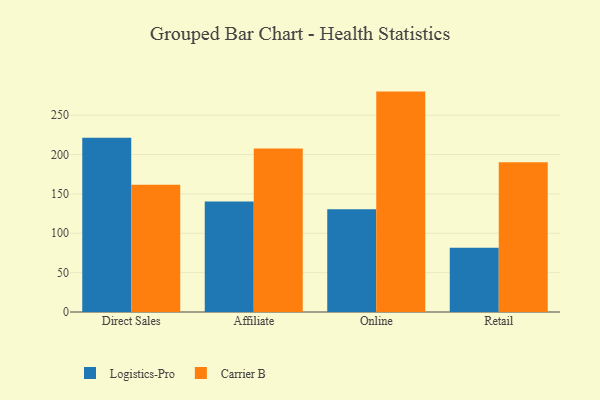
{"axis": {"x": "Channel", "y": "LTV (USD)"}, "legend": ["Carrier B", "Logistics-Pro"], "data": [{"x": "Direct Sales", "y": 221.4, "type": "Logistics-Pro"}, {"x": "Direct Sales", "y": 161.8, "type": "Carrier B"}, {"x": "Affiliate", "y": 140.3, "type": "Logistics-Pro"}, {"x": "Affiliate", "y": 207.6, "type": "Carrier B"}, {"x": "Online", "y": 130.4, "type": "Logistics-Pro"}, {"x": "Online", "y": 280.0, "type": "Carrier B"}, {"x": "Retail", "y": 81.6, "type": "Logistics-Pro"}, {"x": "Retail", "y": 190.4, "type": "Carrier B"}]}